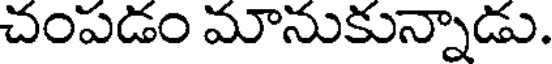
చంపడం మానుకున్నాడు.